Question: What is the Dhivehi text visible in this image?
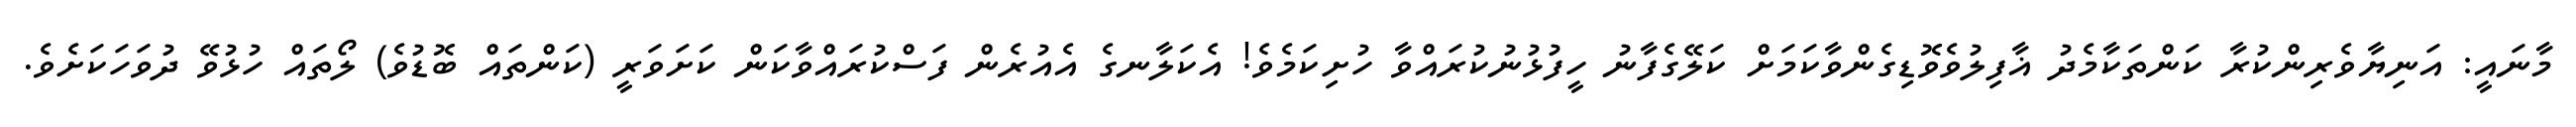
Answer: މާނައީ: އަނިޔާވެރިންކުރާ ކަންތަކާމެދު ޣާފިލުވެވޮޑިގެންވާކަމަށް ކަލޭގެފާނު ހީފުޅުނުކުރައްވާ ހުށިކަމެވެ! އެކަލާނގެ އެއުރެން ފަސްކުރައްވާކަން ކަށަވަރީ (ކަންތައް ބޮޑުވެ) ލޯތައް ހުޅުވޭ ދުވަހަކަށެވެ.